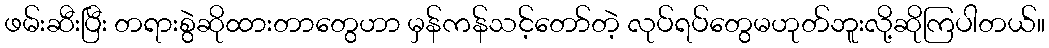
ဖမ်းဆီးပြီး တရားစွဲဆိုထားတာတွေဟာ မှန်ကန်သင့်တော်တဲ့ လုပ်ရပ်တွေမဟုတ်ဘူးလို့ဆိုကြပါတယ်။